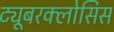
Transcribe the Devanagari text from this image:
ट्यूबरक्लोसिस